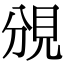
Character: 𧠚